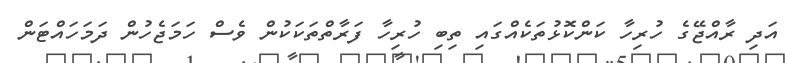
އަދި ރާއްޖޭގެ ހުރިހާ ކަންކޮޅުތަކެއްގައި ތިބި ހުރިހާ ފަރާތްތަކަކުން ވެސް ހަމަޖެހުން ދަމަހައްޓަން